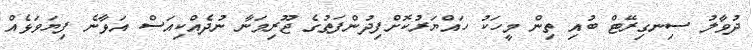
ދުވާލު ސިނގިރޭޓް ބުއި ތިން މީހަކު ހައްޔަރުކޮށްފިދުންފަތުގެ ޖޫރިމަނާ ނުދެއްކިއަސް އަޅާނެ ފިޔަވަޅެއް